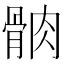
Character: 䯐